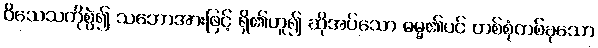
ဝိသေသကိုစွဲ၍ သဘောအားဖြင့် ရှိ၏ဟူ၍ ဆိုအပ်သော ဓမ္မ၏ပင် တစ်စုံတစ်ခုသော